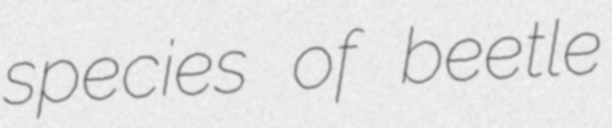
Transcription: species of beetle